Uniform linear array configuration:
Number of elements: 24
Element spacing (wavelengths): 0.5
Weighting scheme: cosine
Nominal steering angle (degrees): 45
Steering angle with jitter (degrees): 43.302
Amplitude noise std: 0.05
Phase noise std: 0.05

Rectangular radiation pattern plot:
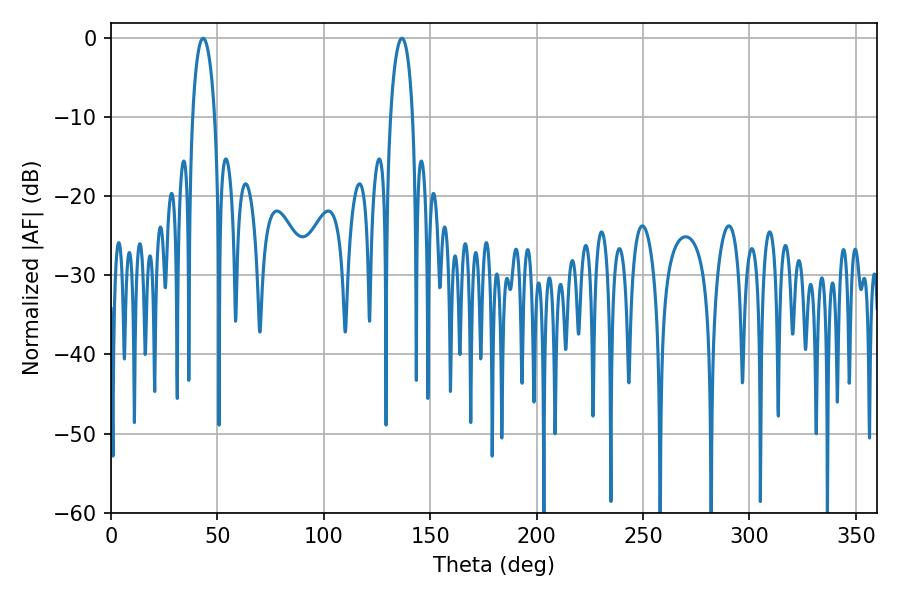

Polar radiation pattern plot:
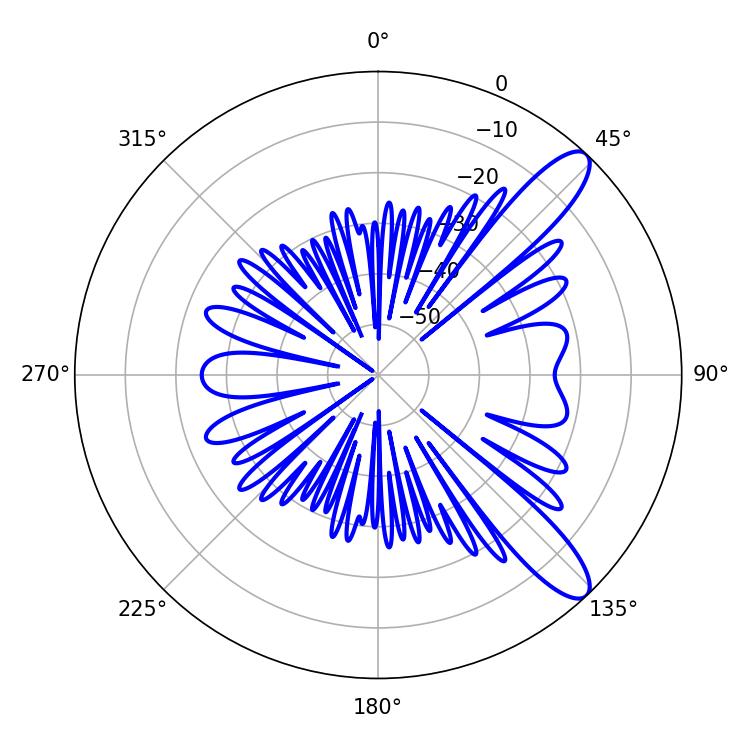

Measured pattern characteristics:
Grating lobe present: FALSE
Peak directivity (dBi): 11.018
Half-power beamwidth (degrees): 5.94
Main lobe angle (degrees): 43.38